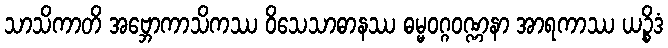
သာသိကာတိ အဗ္ဘောကာသိကဿ ဝိသေသာဓာနဿ ဓမ္မဝဂ္ဂဝဏ္ဏနာ အာရကာဿ ယဉ္စိဒံ